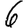
Digit: 6